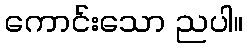
ကောင်းသော ညပါ။